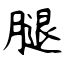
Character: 腿